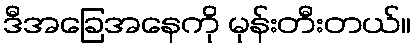
ဒီအခြေအနေကို မုန်းတီးတယ်။